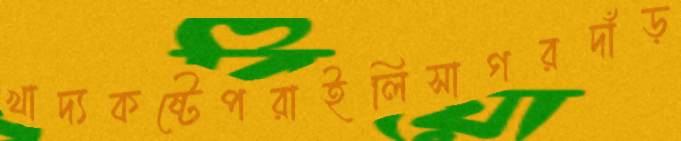
খাদ্যকষ্টেপরাইলিসাগরদাঁড়